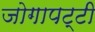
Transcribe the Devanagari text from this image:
जोगापट्टी